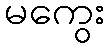
မကွေး